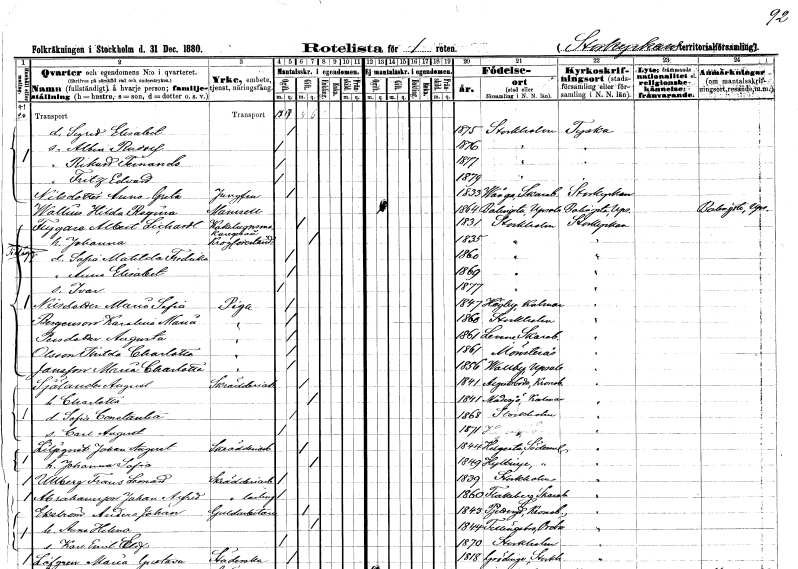
gt_parse: households: individuals: FN: Sigrid Elisabet
KON: K
CIV: O
FODAR: 1875
FODFORS: Stockholm
FN: Albin Rudolf
KON: M
CIV: O
FODAR: 1876
FODFORS: Stockholm
FN: Rikard Teinands
KON: M
CIV: O
FODAR: 1877
FODFORS: Stockholm
FN: Fritz Edvard
KON: M
CIV: O
FODAR: 1879
FODFORS: Stockholm
FN: Anna Greta
EN: Nilsdotter
YRKE: Jungfru
KON: K
CIV: O
FODAR: 1833
FODFORS: Vånga Skaraborgs län
FN: Hilda Regina
EN: Wallin
KON: K
CIV: O
FODAR: 1864
FODFORS: Balingsta Uppsala län
FN: Albert
EN: Flygare Lichardt
YRKE: Kakelugnsmakaregesäll
KON: M
CIV: G
FODAR: 1831
FODFORS: Stockholm
FN: Johanna
YRKE: Krogförestånderska
KON: K
CIV: G
FODAR: 1835
FODFORS: Stockholm
FN: Sofia Matilda Fredrika
KON: K
CIV: O
FODAR: 1860
FODFORS: Stockholm
FN: Anna Elisabet
KON: K
CIV: O
FODAR: 1869
FODFORS: Stockholm
FN: Ivar
KON: M
CIV: O
FODAR: 1877
FODFORS: Stockholm
FN: Maria Sofia
EN: Nilsdotter
YRKE: Piga
KON: K
CIV: O
FODAR: 1847
FODFORS: Högsby Kalmar län
FN: Karolina Maria
EN: Bergenson
YRKE: Piga
KON: K
CIV: O
FODAR: 1860
FODFORS: Stockholm
FN: Augusta
EN: Persdotter
YRKE: Piga
KON: K
CIV: O
FODAR: 1861
FODFORS: Levene Skaraborgs län
FN: Thilda Charlotta
EN: Olsson
YRKE: Piga
KON: K
CIV: O
FODAR: 1861
FODFORS: Mönsterås Kalmar län
FN: Maria Charlotta
EN: Jansson
YRKE: Piga
KON: K
CIV: O
FODAR: 1856
FODFORS: Vallby Uppsala län
FN: August
EN: Sjölander
YRKE: Skrädderiarbetare
KON: M
CIV: G
FODAR: 1841
FODFORS: Algutsboda Kalmar län
FN: Charlotta
KON: K
CIV: G
FODAR: 1841
FODFORS: Madesjö Kalmar län
FN: Sofia Constantia
KON: K
CIV: O
FODAR: 1868
FODFORS: Stockholm
FN: Carl August
KON: M
CIV: O
FODAR: 1871
FN: Johan August
EN: Liljeqvist
YRKE: Skrädderiarbetare
KON: M
CIV: G
FODAR: 1844
FODFORS: Helgesta Södermanlands län
FN: Johanna Sofia
KON: K
CIV: G
FODAR: 1849
FODFORS: Hyltinge Södermanlands län
FN: Frans Leonard
EN: Ullberg
YRKE: Skrädderiarbetare
KON: M
CIV: O
FODAR: 1839
FODFORS: Stockholm
FN: Johan Alfred
EN: Abrahamsson
YRKE: Skräddarelärling
KON: M
CIV: O
FODAR: 1860
FODFORS: Flakeberg Skaraborgs län